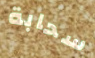
سحابة